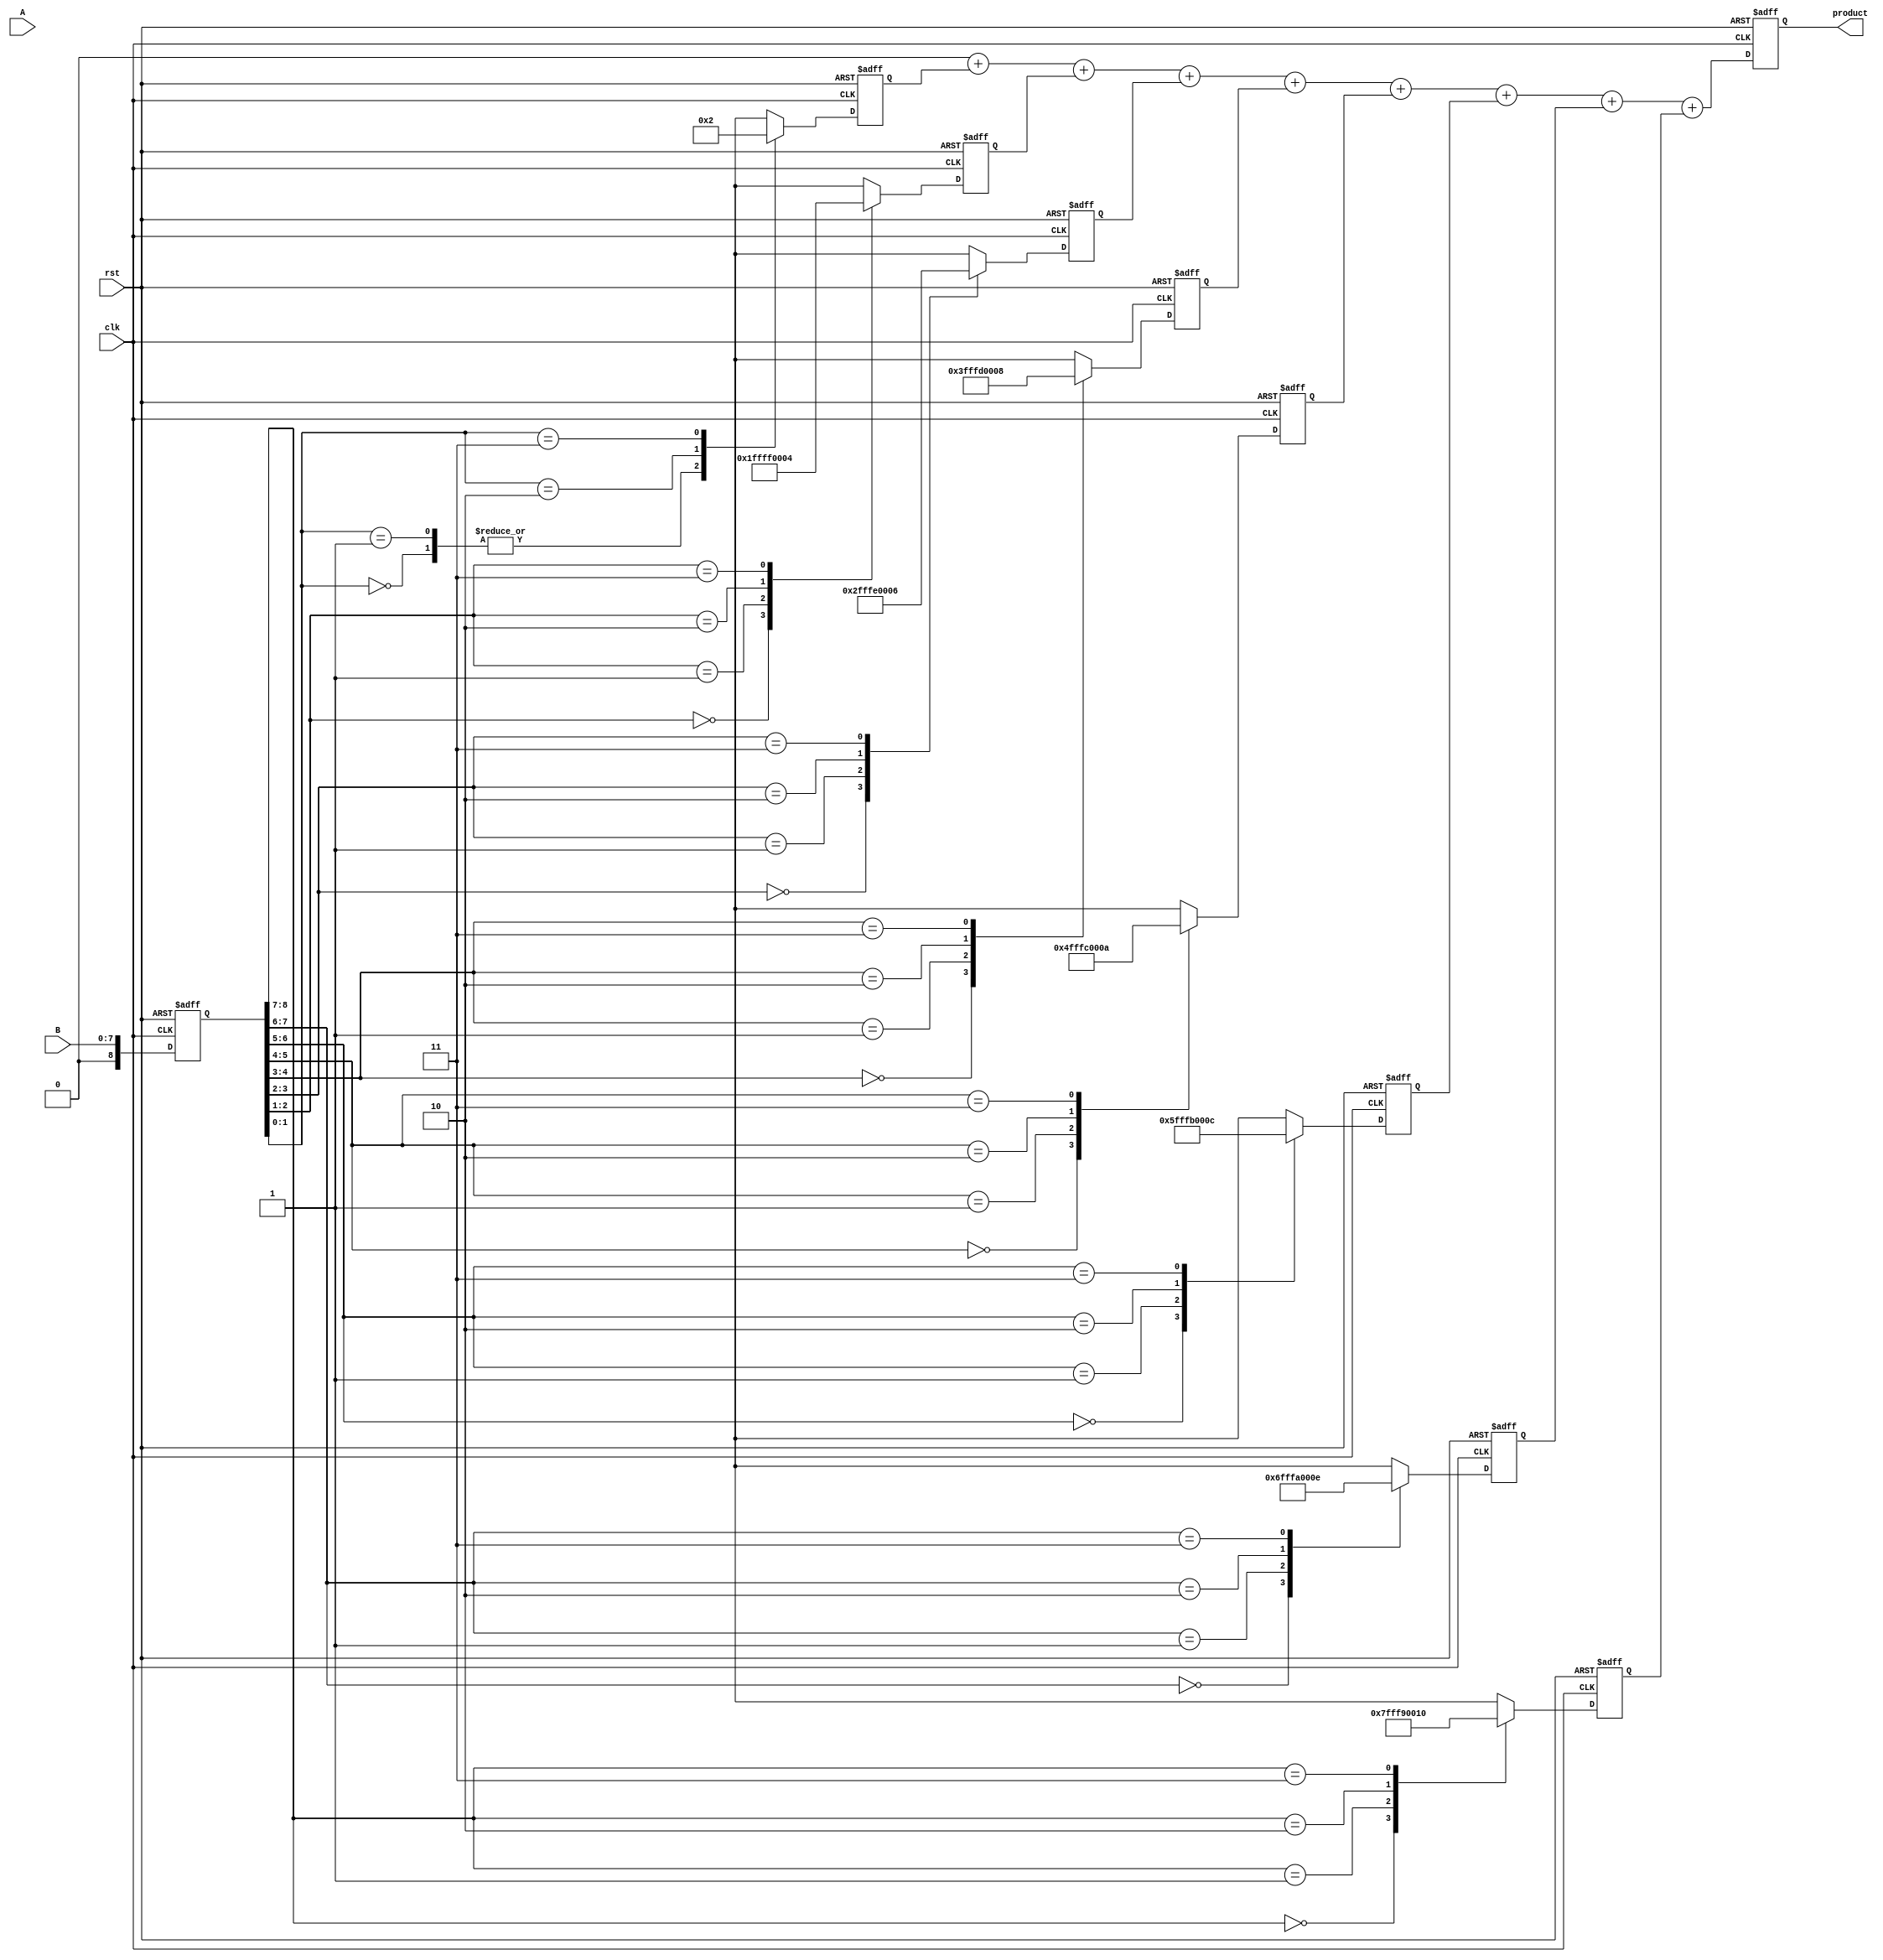
module radix4_multiplier #(parameter WIDTH = 8) (
    input wire clk,
    input wire rst,
    input wire [WIDTH-1:0] A, // Multiplicand
    input wire [WIDTH-1:0] B, // Multiplier
    output reg [2*WIDTH-1:0] product // Product output
);

    reg [WIDTH-1:0] A_reg;
    reg [WIDTH:0] B_reg; // Extended to hold the previous bit
    reg [2*WIDTH-1:0] partial_products [0:WIDTH-1]; // Array to hold partial products
    reg [2*WIDTH-1:0] sum; // Accumulator for the final product
    integer i;

    always @(posedge clk or posedge rst) begin
        if (rst) begin
            product <= 0;
            A_reg <= 0;
            B_reg <= 0;
            sum <= 0;
            for (i = 0; i < WIDTH; i = i + 1) begin
                partial_products[i] <= 0;
            end
        end else begin
            A_reg <= A;
            B_reg <= {1'b0, B}; // Extend B for the previous bit
            
            // Generate partial products based on Booth's encoding
            for (i = 0; i < WIDTH; i = i + 1) begin
                case (B_reg[i+1:i])
                    2'b00: partial_products[i] <= 0; // 00 -> 0
                    2'b01: partial_products[i] <= {A_reg, i}; // 01 -> A
                    2'b10: partial_products[i] <= ~{A_reg, i} + 1; // 10 -> -A (2's complement)
                    2'b11: partial_products[i] <= {A_reg, i+1} << 1; // 11 -> 2A (left shift A)
                endcase
            end
            
            // Accumulate partial products
            sum = 0;
            for (i = 0; i < WIDTH; i = i + 1) begin
                sum = sum + partial_products[i];
            end
            
            product <= sum; // Final product
        end
    end
endmodule